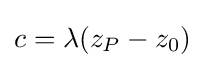
c=\lambda (z_{P}-z_{0})